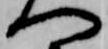
へ